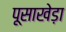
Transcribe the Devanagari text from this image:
पूसाखेड़ा